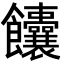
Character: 饢